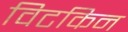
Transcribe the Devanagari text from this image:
विटकिन